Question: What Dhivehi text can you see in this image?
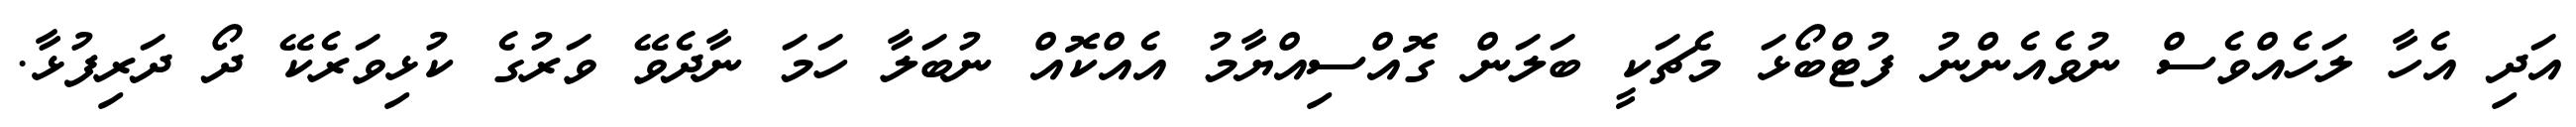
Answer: އަދި އެހާ ލަހެއްވެސް ނުވެއެންނު ފުޓްބޯޅަ މެޗަކީ ބަލަން ގޮއްސިއްޔާމު އެއްކޮއް ނުބަލާ ހަމަ ނާދެވޭ ވަރުގެ ކުޅިވަރެކޭ ދޯ ދަރިފުޅާ.